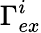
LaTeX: \Gamma_{ex}^{i}